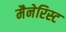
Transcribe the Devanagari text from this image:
मैनेरिस्ट